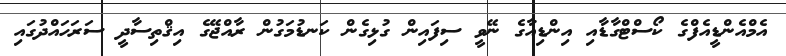
އެމްއެންޑީއެފްގެ ކޯސްޓްގާޑާއި އިންޑިއާގެ ނޭވީ ސިފައިން ގުޅިގެން ކަނޑުމަގުން ރާއްޖޭގެ އިޤްތިސާދީ ސަރަހައްދުގައި